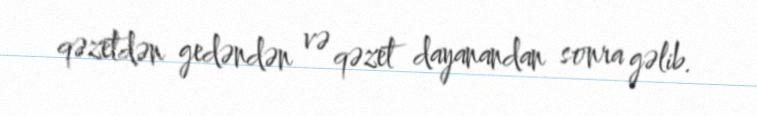
qəzetdən gedəndən və qəzet dayanandan sonra gəlib.